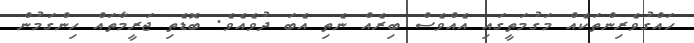
ހައްގުވެރިންތަކެއް މަގުމަތީގައި އެއްވެސް ބިރެއް ނެތި އެބަ ދުވެއެވެ. ބޮޑެތި ޖަރީމާތައް ހިންގަމުން